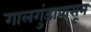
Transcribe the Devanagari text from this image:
गालगुंडापासून